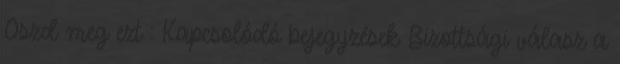
Oszd meg ezt : Kapcsolódó bejegyzések Bizottsági válasz a